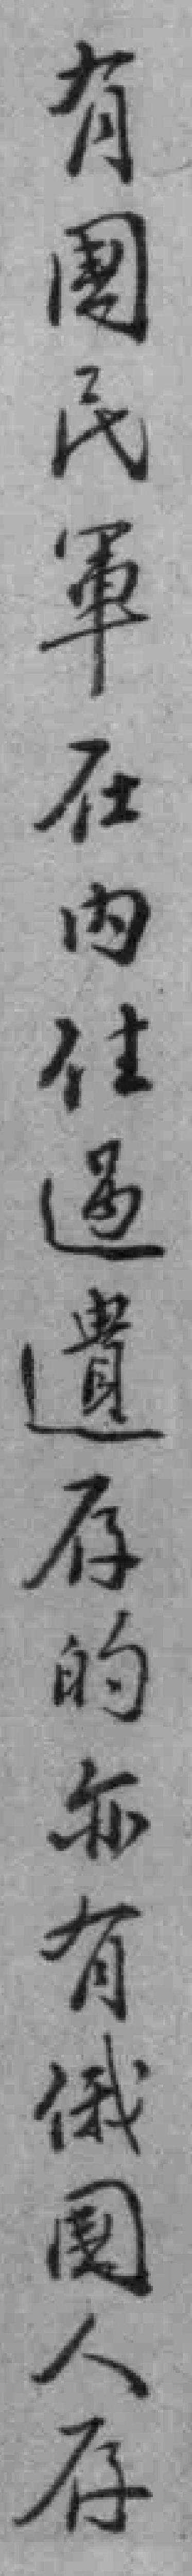
有國民軍在內住過遺存的亦有俄國人存